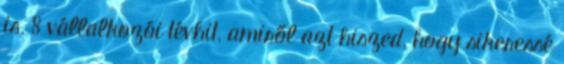
is. 8 vállalkozói tévhit, amiről azt hiszed, hogy sikeressé